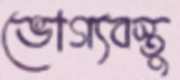
ভোগ্যবস্তু